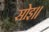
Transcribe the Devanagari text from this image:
सोइ।।